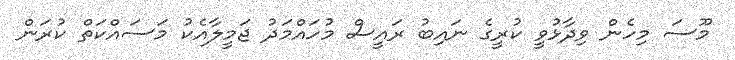
މޫސަ މިހެން ވިދާޅުވީ ކުރީގެ ނައިބު ރައީސް މުހައްމަދު ޖަމީލާއެކު މަސައްކަތް ކުރަން